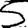
Digit: 5